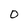
Character: O